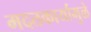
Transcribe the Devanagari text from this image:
मदतकार्यामुळे